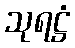
သုရဋ္ဌံ